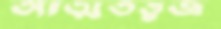
আত্মতত্ত্বজ্ঞ